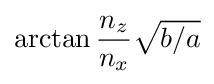
\arctan {\frac {n_{z}}{n_{x}}}{\sqrt {b/a}}